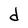
Character: d